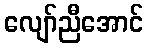
လျော်ညီအောင်